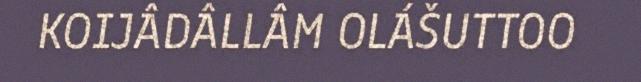
KOIJÂDÂLLÂM OLÁŠUTTOO